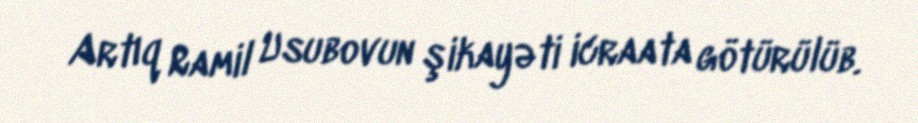
Artıq Ramil Usubovun şikayəti icraata götürülüb.